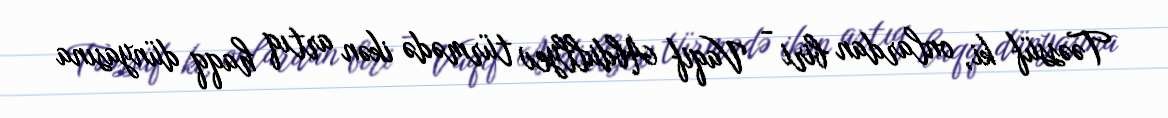
Təəssüf ki, onlardan biri - Vaqif Abdullyev türmədə ikən artıq haqq dünyasına